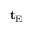
\mathbf { t _ { \mathrm { E } } }